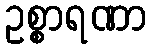
ဥစ္စာရဏာ